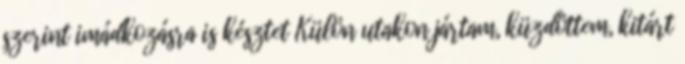
szerint imádkozásra is késztet Külön utakon jártam, küzdöttem, kitárt